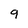
Character: 9